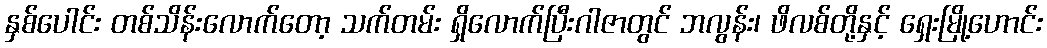
နှစ်ပေါင်း တစ်သိန်းလောက်တော့ သက်တမ်း ရှိလောက်ပြီးဂါဇာတွင် ဘလွန်း၊ ဖိလစ်တို့နှင့် ရှေးမြို့ဟောင်း